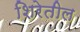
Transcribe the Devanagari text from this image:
शिरेतील